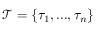
\mathcal { T } = \{ \tau _ { 1 } , . . . , \tau _ { n } \}